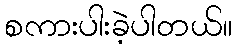
စကားပါးခဲ့ပါတယ်။